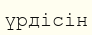
үрдісін